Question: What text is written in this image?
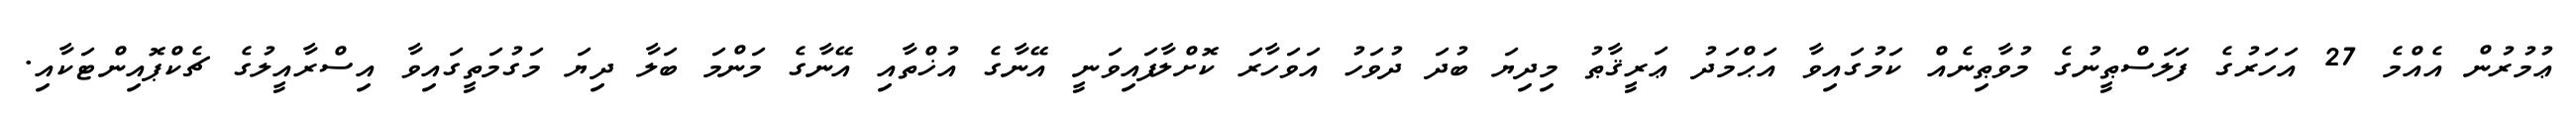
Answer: ޢުމުރުން އެއްމެ 27 އަހަރުގެ ފަލަސްޠީނުގެ މުވާޠިނެއް ކަމުގައިވާ އަޙްމަދު ޢަރީޤާޠު މިދިޔަ ބުދަ ދުވަހު އަވަހާރަ ކޮށްލާފައިވަނީ އޭނާގެ އުޚްތާއި އޭނާގެ މަންމަ ބަލާ ދިޔަ މަގުމަތީގައިވާ އިސްރާއީލުގެ ޗެކްޕޮއިންޓަކާއި.